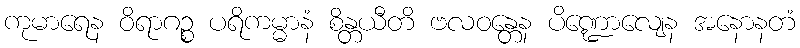
ကုမာရေန ဝိရာဂဉ္စ ပရိကမ္မာနံ စိန္တယီတိ ဗလဝန္တေန ပိဏ္ဍောလျေန အနောနတံ